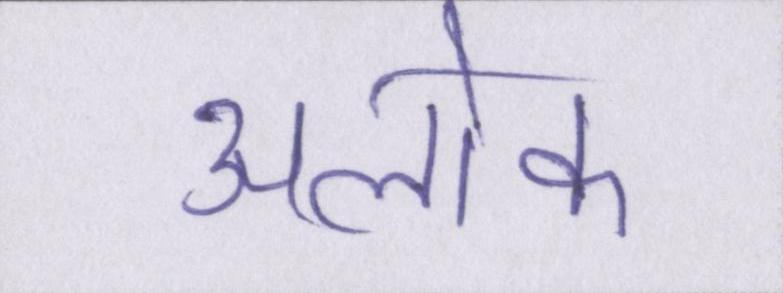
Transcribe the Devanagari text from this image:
अलोक